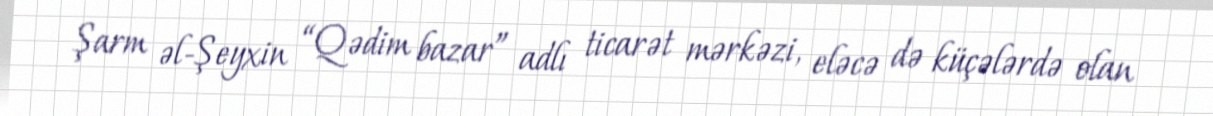
Şarm əl-Şeyxin “Qədim bazar” adlı ticarət mərkəzi, eləcə də küçələrdə olan